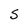
Character: S